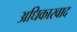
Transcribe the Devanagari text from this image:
अधिकारवाद